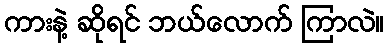
ကားနဲ့ ဆိုရင် ဘယ်လောက် ကြာလဲ။